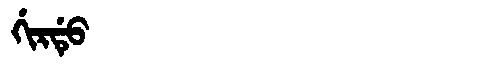
Manchu: ᡤᡳᡵᡩᡠ
Romanization: GIRDU